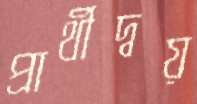
প্রার্থীদ্বয়